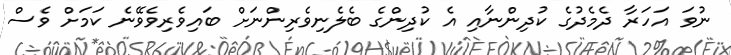
ނުވަ އަހަރާ ދެމެދުގެ ކުދިންނާއި އެ ކުދިންގެ ބެލެނިވެރިންނަށް ބައިވެރިވެވޭނެ ކަމަށް ވެސް